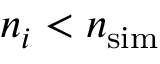
n _ { i } < { \ensuremath { n _ { \mathrm { s i m } } } }